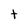
Character: t